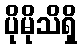
ပိုမိုသိရှိ